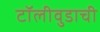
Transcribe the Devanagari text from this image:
टॉलीवुडाची